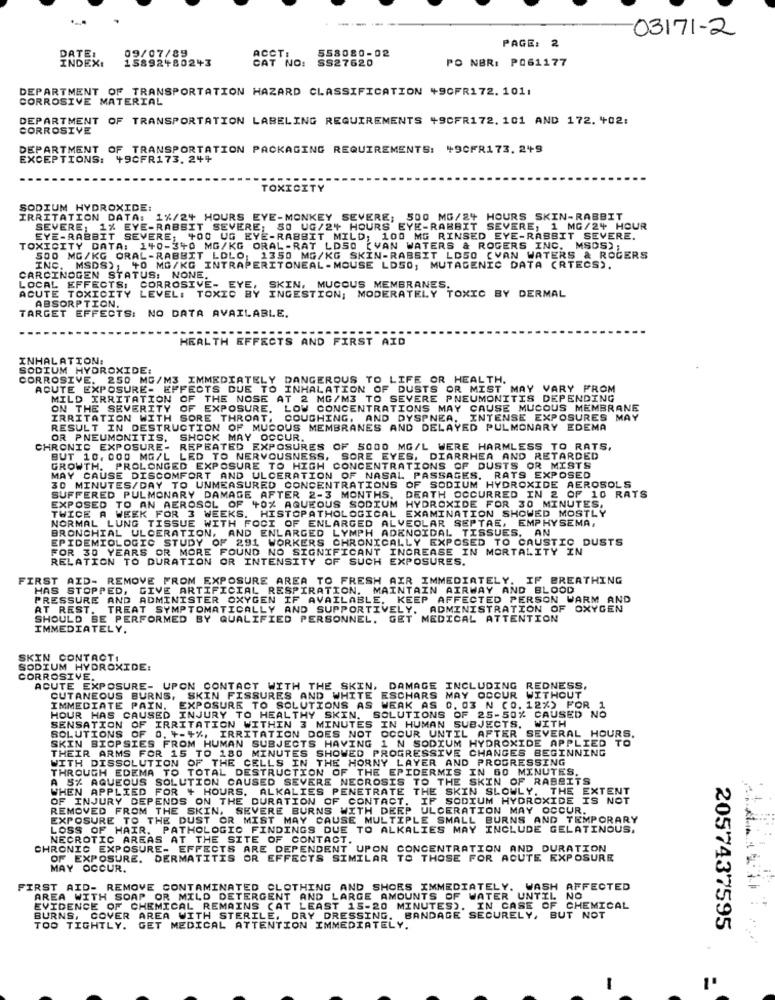
03171-2
09/07/89
ACCT:
558080-02
PAGE: 2
DATE:
INDEX:
15892+80243
CAT NO:
PO NBR: P061177
SS27620
DEPARTMENT OF TRANSPORTATION HAZARD CLASSIFICATION +9CFR172. 1011
CORROSIVE MATERIAL
DEPARTMENT OF TRANSPORTATION LABELING REQUIREMENTS +9CFR172. 101 AND 172. +02:
CORROSIVE
DEPARTMENT OF TRANSPORTATION PACKAGING REQUIREMENTS: 49CFR173. 2+9
EXCEPTIONS: 49CFR173. 244
TOXICITY
SODIUM HYDROXIDE:
IRRITATION DATA: 1%/24 HOURS EYE-MONKEY SEVERE; 500 MG/24 HOURS SKIN-RABBIT
SEVERE, 1% EYE-RABBIT SEVERE; SO UG/2+ HOURS EYE-RABBIT SEVERE, 1 MG/24 HOUR
EYE-RABBIT SEVERE; +00 UG EYE-RABBIT MILD; 100 MG RINSED EYE-RABBIT SEVERE.
TOXICITY DATA: 140-340 MG/KG ORAL-RAT LDSO (VAN WATERS & ROGERS INC. MSDS) ;
500 MG/KG ORAL-RABBIT LOLO, 1350 MG/KG SKIN-RABBIT LD50 (VAN WATERS & ROGERS
INC. MSDS), 40 MG/KG INTRAPERITONEAL-MOUSE LDS0; MUTAGENIC DATA (RTECS).
CARCINOGEN STATUS: NONE.
LOCAL EFFECTS,
SKIN, MUCOUS MEMBRANES.
ACUTE TOXICITY LEVEL: TOXIC B
ABSORPTION.
CORROSIVE TEV INGESTION; MODERATELY TOXIC BY DERMAL
TARGET EFFECTS: NO DATA AVAILABLE.
HEALTH EFFECTS AND FIRST AID
INHALATION:
SODIUM HYDROXIDE:
CORROSIVE. 250 MG/M3 IMMEDIATELY DANGEROUS TO LIFE OR HEALTH.
ACUTE EXPOSURE- EFFECTS DUE TO INHALATION OF DUSTS OR MIST MAY VARY FROM
MILD IRRITATION OF THE NOSE AT 2 MG/M3 TO SEVERE PNEUMONITIS DEPENDING
ON THE SEVERITY OF EXPOSURE, LOW CONCENTRATIONS MAY CAUSE MUCOUS MEMBRANE
IRRITATION WITH SORE THROAT, COUGHING, AND DYSPNEA, INTENSE EXPOSURES MAY
RESULT IN DESTRUCTION OF MUCOUS MEMBRANES AND DELAYED PULMONARY EDEMA
OR PNEUMONITIS, SHOCK MAY OCCUR.
CHRONIC EXPOSURE-
REPEATED EXPOSURES OF 5000 MG/L WERE HARMLESS TO RATS,
BUT 10. 000 MG/L LED TO NERVOUSNESS, SORE EYES, DIARRHEA AND RETARDED
GROWTH. PROLONGED EXPOSURE TO HIGH CONCENTRATIONS OF DUSTS OR MISTS
Y CAUSE DISCOMFORT AND ULCERATION OF NASAL PASSAGES. RATS EXPOSED
30 MINUTES/DAY TO UNMEASURED CONCENTRATIONS OF SODIUM HYDROXIDE AEROSOLS
SUFFERED PULMONARY DAMAGE AFTER 2-3 MONTHS.
DEATH OCCURRED IN 2 OF 10 RATS
EXPOSED TO AN AEROSOL OF +0% AQUEOUS SODIUM HYDROXIDE FOR 30 MINUTES,
TWICE A WEEK FOR 3 WEEKS. HISTOPATHOLOGICAL EXAMINATION SHOWED MOSTLY
NORMAL LUNG TISSUE WITH FOCI OF ENLARGED ALVEOLAR SEPTAE, EMPHYSEMA,
BRONCHIAL ULCERATION, AND ENLARGED LYMPH ADENOIDAL TISSUES. AN
EPIDEMIOLOGIC STUDY OF 291 WORKERS CHRONICALLY EXPOSED TO CAUSTIC DUSTS
FOR 30 YEARS OR MORE FOUND NO SIGNIFICANT INCREASE IN MORTALITY IN
RELATION TO DURATION OR INTENSITY OF SUCH EXPOSURES.
FIRST AID- REMOVE FROM EXPOSURE AREA TO FRESH AIR IMMEDIATELY. IF BREATHING
HAS STOPPED,
GIVE ARTIFICIAL RESPIRATION. MAINTAIN AIRWAY AND BLOOD
PRESSURE AND ADMINISTER OXYGEN IF AVAILABLE. KEEP AFFECTED PERSON WARM AND
AT REST. TREAT SYMPTOMATICALLY AND SUPPORTIVELY, ADMINISTRATION OF OXYGEN
SHOULD BE PERFORMED BY QUALIFIED PERSONNEL. GET MEDICAL ATTENTION
IMMEDIATELY.
SKIN CONTACT!
SODIUM HYDROXIDE:
CORROSIVE,
ACUTE EXPOSURE- UPON CONTACT WITH THE SKIN, DAMAGE INCLUDING REDNESS,
CUTANEOUS BURNS, SKIN FISSURES AND WHITE ESCHARS MAY OCCUR WITHOUT
IMMEDIATE PAIN.
EXPOSURE TO SOLUTIONS AS WEAK AS 0. 03 N (0.12%) FOR
HOUR HAS CAUSED INJURY TO HEALTHY SKIN, SOLUTIONS OF 25-50% CAUSED NO
WITH
SENSATION OF IRRITATION WITHIN 3 MINUTES IN HUMAN SUBJECTS.
SOLUTIONS OF 0. 4-4%, IRRITATION DOES NOT OCOUR UNTIL AFTER SEVERAL HOURS.
SKIN BIOPSIES FROM HUMAN SUBJECTS HAVING 1 N SODIUM HYDROXIDE APPLIED TO
THEIR ARMS FOR 15 TO 180 MINUTES SHOWED PROGRESSIVE CHANGES BEGINNING
WITH DISSOLUTION OF THE CELLS IN THE HORNY LAYER AND PROGRESSING
THROUGH EDEMA TO TOTAL DESTRUCTION OF THE EPIDERMIS IN 60 MINUTES,
A 5% AQUEOUS SOLUTION CAUSED SEVERE NECROSIS TO THE SKIN OF RABBITS
WHEN APPLIED FOR + HOURS. ALKALIES PENETRATE THE SKIN SLOWLY. THE EXTENT
OF INJURY DEPENDS ON THE DURATION OF CONTACT. IF SODIUM HYDROXIDE IS NOT
OVED FROM THE SKIN, SEVERE BURNS WITH DEEP U
ULCERATION MAY OCCUR.
EXPOSURE TO THE DUST OR MIST MAY CAUSE MULTIPLE SMALL BURNS AND TEMPORARY
LOSS OF HAIR. PATHOLOGIC FINDINGS DUE TO ALKALIES MAY INCLUDE GELATINOUS,
NECROTIC AREAS AT THE SITE OF CONTACT.
CHRONIC EXPOSURE- EFFECTS ARE DEPENDENT UPON CONCENTRATION AND DURATION
OF EXPOSURE. DERMATITIS OR EFFECTS SIMILAR TO THOSE FOR ACUTE EXPOSURE
MAY OCCUR.
FIRST AID- REMOVE CONTAMINATED CLOTHING AND SHOES IMMEDIATELY. WASH AFFECTED
AREA WITH SOAP OR MILD DETERGENT AND LARGE AMOUNTS OF WATER UNTIL NO
EVIDENCE OF CHEMICAL REMAINS (AT LEAST 15-20 MINUTES). IN CASE OF CHEMICAL
BURNS, COVER AREA WITH STERILE, DRY DRESSING. BANDAGE SECURELY, BUT NOT
TOO TIGHTLY. GET MEDICAL ATTENTION IMMEDIATELY.
2057437595
-